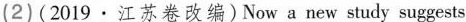
(2)(2019·江苏卷改编)Now a new study suggests